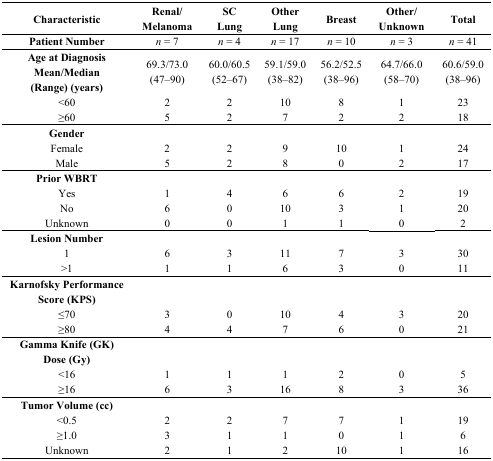
<table><thead><tr><td><b>Characteristic</b></td><td><b>Renal/Melanoma</b></td><td><b>SC Lung</b></td><td><b>Other Lung</b></td><td><b>Breast</b></td><td><b>Other/Unknown</b></td><td><b>Total</b></td></tr></thead><tbody><tr><td><b>Patient Number</b></td><td><i>n</i> = 7</td><td><i>n</i> = 4</td><td><i>n</i> = 17</td><td><i>n</i> = 10</td><td><i>n</i> = 3</td><td><i>n</i> = 41</td></tr><tr><td><b>Age at Diagnosis Mean/Median (Range) (years)</b></td><td>69.3/73.0 (47–90)</td><td>60.0/60.5 (52–67)</td><td>59.1/59.0 (38–82)</td><td>56.2/52.5 (38–96)</td><td>64.7/66.0 (58–70)</td><td>60.6/59.0 (38–96)</td></tr><tr><td>&lt;60</td><td>2</td><td>2</td><td>10</td><td>8</td><td>1</td><td>23</td></tr><tr><td>≥60</td><td>5</td><td>2</td><td>7</td><td>2</td><td>2</td><td>18</td></tr><tr><td><b>Gender</b></td><td></td><td></td><td></td><td></td><td></td><td></td></tr><tr><td>Female</td><td>2</td><td>2</td><td>9</td><td>10</td><td>1</td><td>24</td></tr><tr><td>Male</td><td>5</td><td>2</td><td>8</td><td>0</td><td>2</td><td>17</td></tr><tr><td><b>Prior WBRT</b></td><td></td><td></td><td></td><td></td><td></td><td></td></tr><tr><td>Yes</td><td>1</td><td>4</td><td>6</td><td>6</td><td>2</td><td>19</td></tr><tr><td>No</td><td>6</td><td>0</td><td>10</td><td>3</td><td>1</td><td>20</td></tr><tr><td>Unknown</td><td>0</td><td>0</td><td>1</td><td>1</td><td>0</td><td>2</td></tr><tr><td><b>Lesion Number</b></td><td></td><td></td><td></td><td></td><td></td><td></td></tr><tr><td>1</td><td>6</td><td>3</td><td>11</td><td>7</td><td>3</td><td>30</td></tr><tr><td>&gt;1</td><td>1</td><td>1</td><td>6</td><td>3</td><td>0</td><td>11</td></tr><tr><td><b>Karnofsky Performance Score (KPS)</b></td><td></td><td></td><td></td><td></td><td></td><td></td></tr><tr><td>≤70</td><td>3</td><td>0</td><td>10</td><td>4</td><td>3</td><td>20</td></tr><tr><td>≥80</td><td>4</td><td>4</td><td>7</td><td>6</td><td>0</td><td>21</td></tr><tr><td><b>Gamma Knife (GK) Dose (Gy)</b></td><td></td><td></td><td></td><td></td><td></td><td></td></tr><tr><td>&lt;16</td><td>1</td><td>1</td><td>1</td><td>2</td><td>0</td><td>5</td></tr><tr><td>≥16</td><td>6</td><td>3</td><td>16</td><td>8</td><td>3</td><td>36</td></tr><tr><td><b>Tumor Volume (cc)</b></td><td></td><td></td><td></td><td></td><td></td><td></td></tr><tr><td>&lt;0.5</td><td>2</td><td>2</td><td>7</td><td>7</td><td>1</td><td>19</td></tr><tr><td>≥1.0</td><td>3</td><td>1</td><td>1</td><td>0</td><td>1</td><td>6</td></tr><tr><td>Unknown</td><td>2</td><td>1</td><td>2</td><td>10</td><td>1</td><td>16</td></tr></tbody></table>